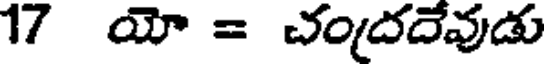
17 యో = చందదేవుడు